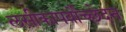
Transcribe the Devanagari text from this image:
लसीकापर्वोच्छेदन